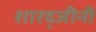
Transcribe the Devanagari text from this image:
शारद्जीनी